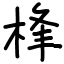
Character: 桻